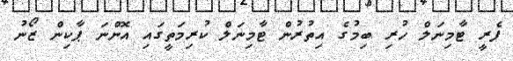
ފެރީ ޓާމިނަލް ހުރި ބިމުގެ އިތުރުން ޓާމިނަލް ކުރިމަތީގައި އޮންނަ ޕާކިން ޒޯނު